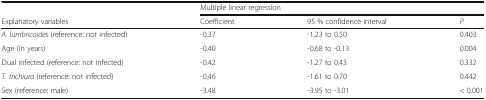
|  | <COLSPAN=3> Multiple linear regression |
 | Explanatory variables | Coefficient | 95 % confidence interval | P |
 | --- | --- | --- | --- |
 | A. lumbricoides (reference: not infected) | -0.37 | -1.23 to 0.50 | 0.403 |
 | Age (in years) | -0.40 | -0.68 to -0.13 | 0.004 |
 | Dual infected (reference: not infected) | -0.42 | -1.27 to 0.43 | 0.332 |
 | T. trichiura (reference: not infected) | -0.46 | -1.61 to 0.70 | 0.442 |
 | Sex (reference: male) | -3.48 | -3.95 to -3.01 | < 0.001 |